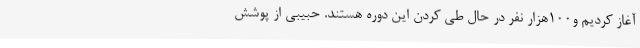
آغاز کردیم و100هزار نفر در حال طی کردن این دوره هستند. حبیبی از پوشش